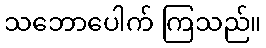
သဘောပေါက် ကြသည်။